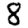
Digit: 8